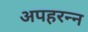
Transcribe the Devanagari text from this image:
अपहरन्न